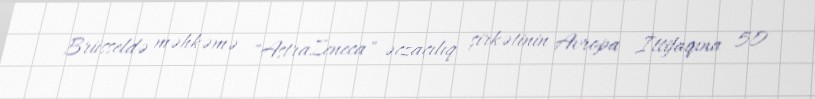
Brüsseldə məhkəmə "AstraZeneca" əczaçılıq şirkətinin Avropa İttifaqına 50